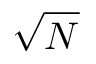
\sqrt { N }